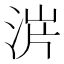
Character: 𣵙